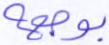
بوجهه